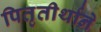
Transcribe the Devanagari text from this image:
पितृतीर्थाने